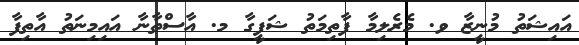
އައިޝަތު މުނީޒާ ވ. މެރެލިމާ ފާތިމަތު ޝަފީގާ މ. އާސްތާނާ އައިމިނަތު އާތިފާ